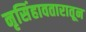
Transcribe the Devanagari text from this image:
नृसिंहावतारातून